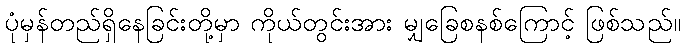
ပုံမှန်တည်ရှိနေခြင်းတို့မှာ ကိုယ်တွင်းအား မျှခြေစနစ်ကြောင့် ဖြစ်သည်။